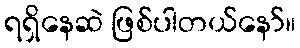
ရရှိနေဆဲ ဖြစ်ပါတယ်နော်။